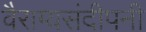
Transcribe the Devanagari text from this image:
वैराग्यसंदीपनी